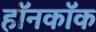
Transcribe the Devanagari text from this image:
हॉनकॉक